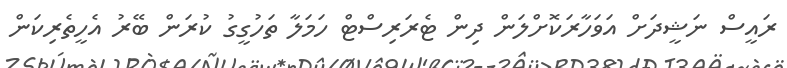
ރައީސް ނަޝީދަށް އަވަހާރަކޮށްލަން ދިން ޓެރަރިސްޓް ހަމަލާ ތަހުގީގު ކުރަން ބޭރު އެހީތެރިކަން